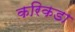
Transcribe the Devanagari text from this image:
करिकडा